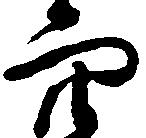
穴